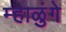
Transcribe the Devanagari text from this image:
म्हाळुंगे